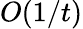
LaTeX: O(1/t)